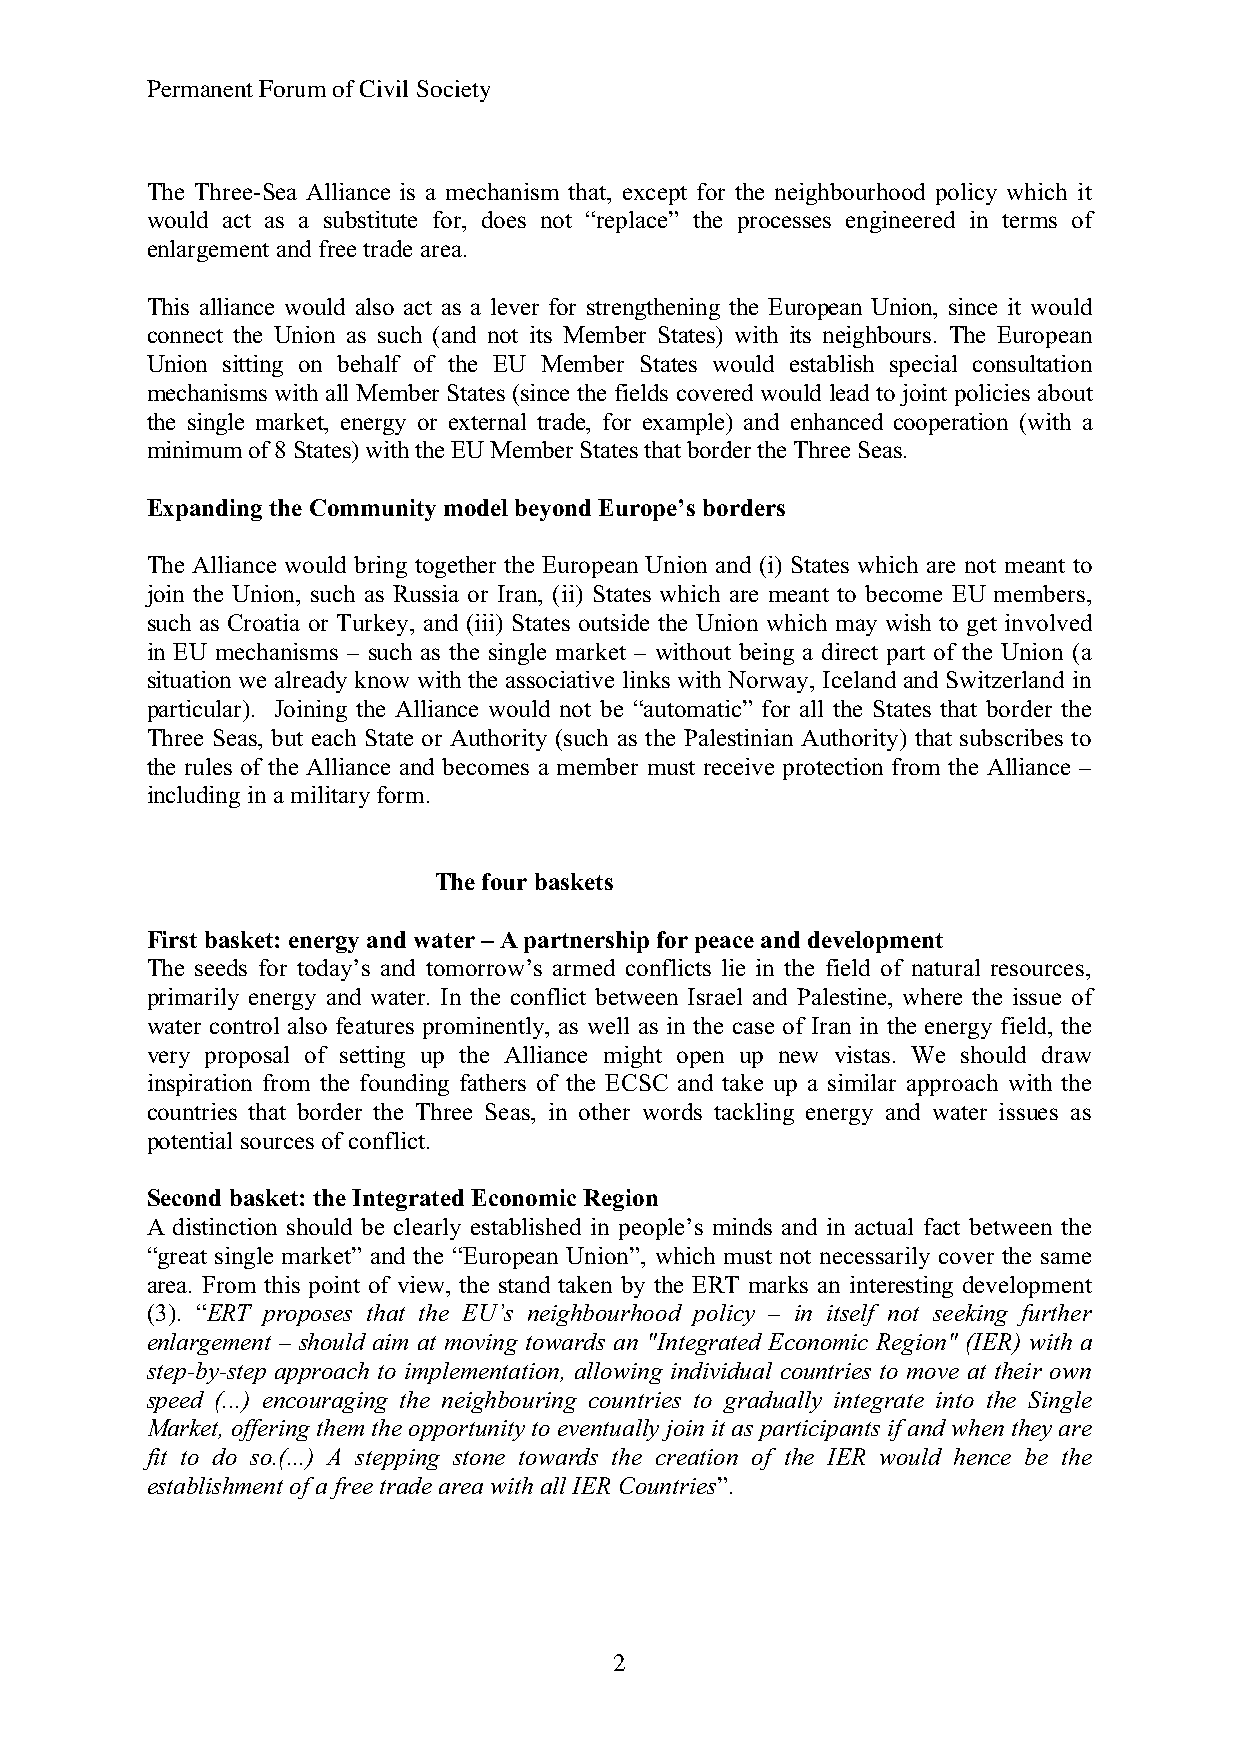
Permanent ForumofCivil Society
 The Three-Sea Alliance is a mechanism that, except for the neighbourhood policy which it
 would act as a substitute for, does not “replace” the processes engineered in terms of
 enlargement and freetrade area.
 This alliance would also act as a lever for strengthening the European Union, since it would
 connect the Union as such (and not its Member States) with its neighbours. The European
 Union sitting on behalf of the EU Member States would establish special consultation
 mechanisms with all Member States (since the fields covered would lead to joint policies about
 the single market, energy or external trade, for example) and enhanced cooperation (with a
 minimumof8States)withtheEUMemberStatesthatbordertheThreeSeas.
 Expanding the Communitymodel beyondEurope’s borders
 The Alliance would bring together the European Union and (i) States which are not meant to
 join the Union, such as Russia or Iran, (ii) States which are meant to become EU members,
 such as Croatia or Turkey, and (iii) States outside the Union which may wish to get involved
 in EU mechanisms – such as the single market – without being a direct part of the Union (a
 situation we already know with the associative links with Norway, Iceland and Switzerland in
 particular). Joining the Alliance would not be “automatic” for all the States that border the
 Three Seas, but each State or Authority (such as the Palestinian Authority) that subscribes to
 the rules of the Alliance and becomes a member must receive protection from the Alliance –
 including in amilitaryform.
 Thefour baskets
 First basket:energy andwater –A partnershipfor peace anddevelopment
 The seeds for today’s and tomorrow’s armed conflicts lie in the field of natural resources,
 primarily energy and water. In the conflict between Israel and Palestine, where the issue of
 water control also features prominently, as well as in the case of Iran in the energy field, the
 very proposal of setting up the Alliance might open up new vistas. We should draw
 inspiration from the founding fathers of the ECSC and take up a similar approach with the
 countries that border the Three Seas, in other words tackling energy and water issues as
 potential sources of conflict.
 Second basket:theIntegrated EconomicRegion
 A distinction should be clearly established in people’s minds and in actual fact between the
 “great single market” and the “European Union”, which must not necessarily cover the same
 area. From this point of view, the stand taken by the ERT marks an interesting development
 (3). “ERT proposes that the EU’s neighbourhood policy – in itself not seeking further
 enlargement – should aim at moving towards an "Integrated Economic Region" (IER) with a
 step-by-step approach to implementation, allowing individual countries to move at their own
 speed (...) encouraging the neighbouring countries to gradually integrate into the Single
 Market, offering them the opportunityto eventually join itas participants if and when theyare
 fit to do so.(...) A stepping stone towards the creation of the IER would hence be the
 establishment of a free trade area with allIER Countries”.
 2